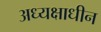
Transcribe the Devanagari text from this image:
अध्यक्षाधीन